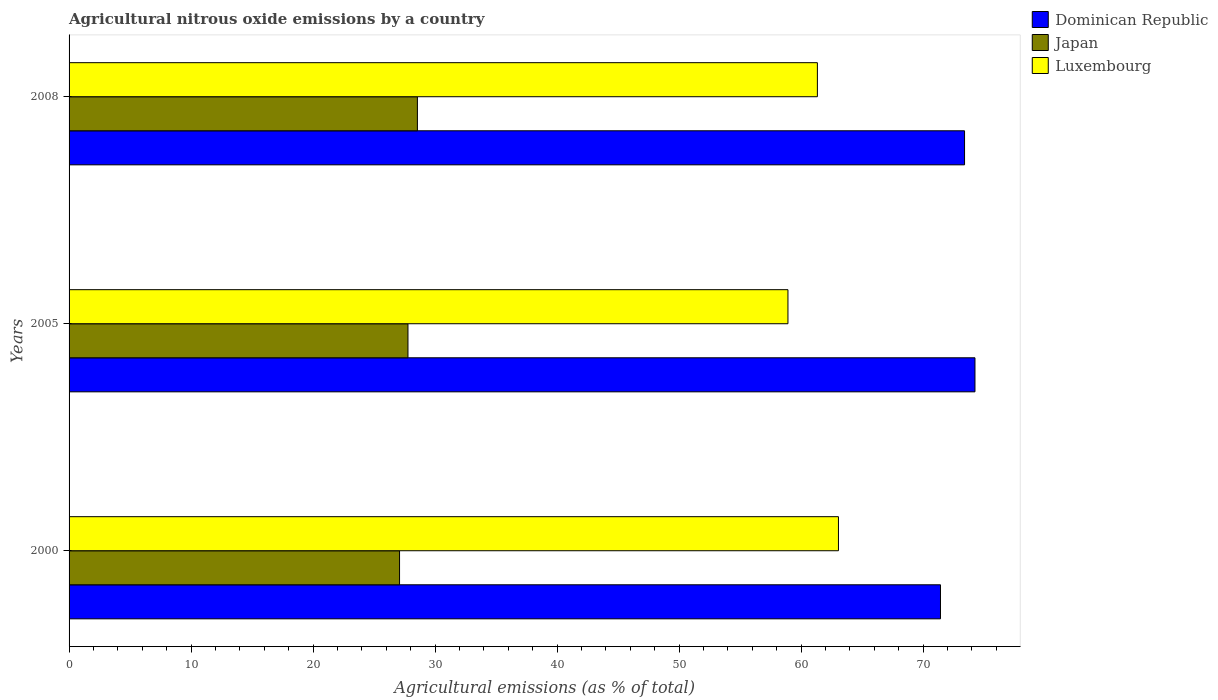
| Years | Dominican Republic | Japan | Luxembourg |
 | --- | --- | --- | --- |
 | 2000 | 71.4 | 27.1 | 63.1 |
 | 2005 | 74.3 | 27.8 | 58.9 |
 | 2008 | 73.4 | 28.6 | 61.3 |